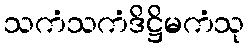
သကံသကံဒိဋ္ဌိမကံသု